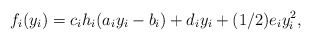
\begin{align*}f_i(y_i) = c_i h_i(a_iy_i - b_i) + d_iy_i + (1/2)e_iy_i^2,\end{align*}